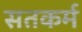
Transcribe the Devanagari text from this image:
सतकर्म